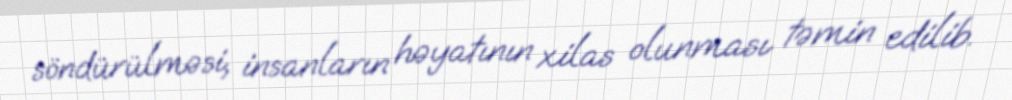
söndürülməsi, insanların həyatının xilas olunması təmin edilib.